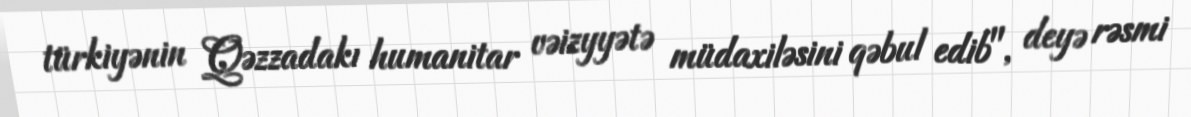
türkiyənin Qəzzadakı humanitar vəizyyətə müdaxiləsini qəbul edib", deyə rəsmi